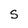
Character: S